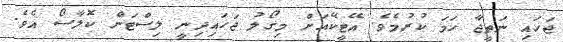
ޖަހައި ނަތީޖާ ހަމަ ކުރުމެވެ. އޭޓީކޭއަށް މިގޯލު ޖަހައިދިނީ ލިސްޓަން ކޮލާސޯ އެވެ.